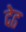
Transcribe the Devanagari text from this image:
देढ